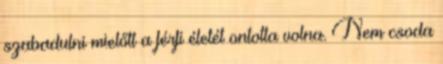
szabadulni mielőtt a férfi életét ontotta volna. Nem csoda